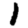
Digit: 1